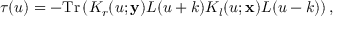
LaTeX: \tau ( u ) = - \mathrm { T r } \left( K _ { r } ( u ; { \bf y } ) L ( u + k ) K _ { l } ( u ; { \bf x } ) L ( u - k ) \right) ,